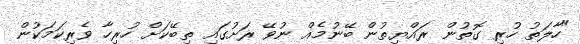
"ހާލަތު ހުރި ގޮތުން ރައްޔިތުން ބޭނުމެއް ނުވޭ ރަށުގައި ތިބޭކަށް ހުރިހާ ވެރިކަމަކުން